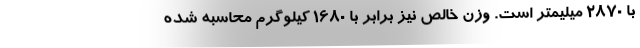
با 2870 میلیمتر است. وزن خالص نیز برابر با 1680 کیلوگرم محاسبه شده